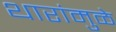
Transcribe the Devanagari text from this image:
थारांमुळे